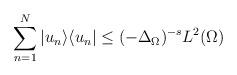
LaTeX: \begin{align*}\sum_{n=1}^N |u_n\rangle \langle u_n| \le (-\Delta_{\Omega})^{-s} L^2(\Omega)\end{align*}